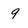
Character: 9